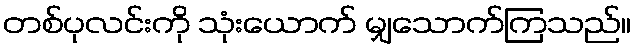
တစ်ပုလင်းကို သုံးယောက် မျှသောက်ကြသည်။